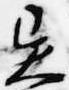
異